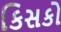
કિસકો